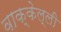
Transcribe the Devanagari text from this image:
वाक्केल्ली